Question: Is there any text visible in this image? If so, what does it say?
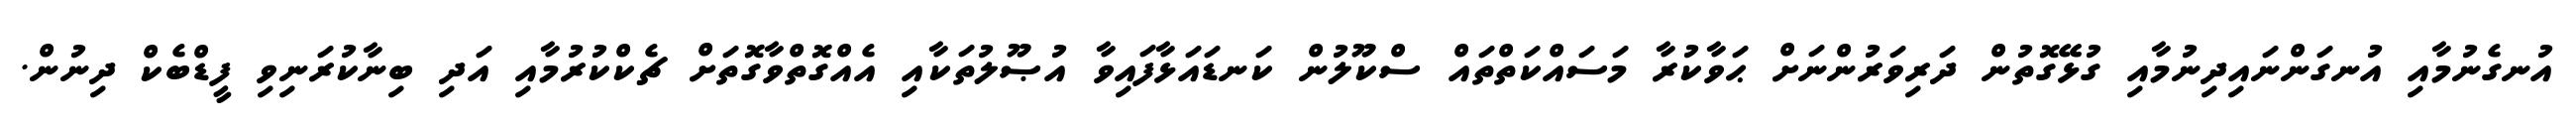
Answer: އުނގެނުމާއި އުނގަންނައިދިނުމާއި ގުޅޭގޮތުން ދަރިވަރުންނަށް ޙަވާކުރާ މަސައްކަތްތައް ސްކޫލުން ކަނޑައަޅާފައިވާ އުޞޫލުތަކާއި އެއްގޮތްވާގޮތަށް ޗެކްކުރުމާއި އަދި ބިނާކުރަނިވި ފީޑްބެކް ދިނުން.